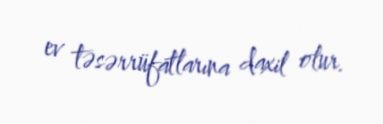
ev təsərrüfatlarına daxil olur.